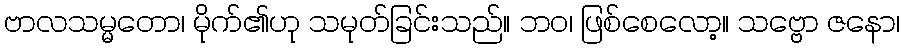
ဗာလသမ္မတော၊ မိုက်၏ဟု သမုတ်ခြင်းသည်။ ဘဝ၊ ဖြစ်စေလော့။ သဗ္ဗော ဇနော၊